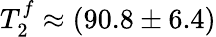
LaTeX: T_{2}^{f}\approx(90.8\pm 6.4)